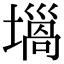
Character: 𡐫